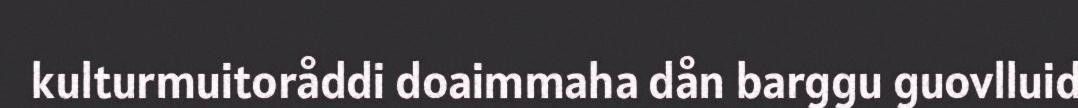
kulturmuitoråddi doaimmaha dån barggu guovlluid